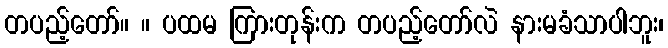
တပည့်တော်။ ။ ပထမ ကြားတုန်းက တပည့်တော်လဲ နားမခံသာပါဘူး၊